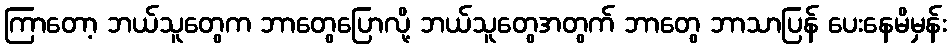
ကြာတော့ ဘယ်သူတွေက ဘာတွေပြောလို့ ဘယ်သူတွေအတွက် ဘာတွေ ဘာသာပြန် ပေးနေမိမှန်း